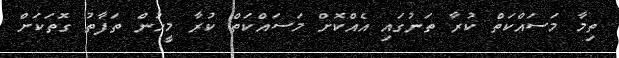
ތިމާ މަސައްކަތް ކުރާ ތަނުގައި އެއްކޮށް މަސައްކަތް ކުރާ މީހުން ތަފާތު ގޮތަކަށް